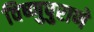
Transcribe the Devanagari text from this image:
विष्णुपुराणे